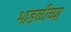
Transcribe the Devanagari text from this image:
भाडळीच्या